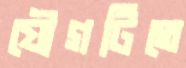
যৌগটিতে